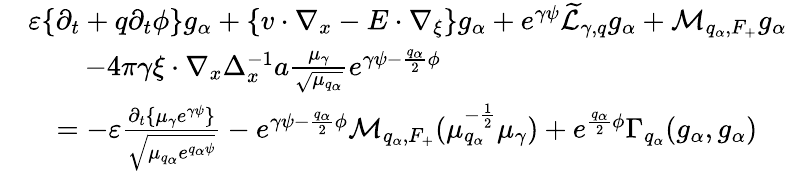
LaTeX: \begin{array}{rl}&{\varepsilon\{ \partial_{t}+q\partial_{t}\phi\} g_{\alpha}+\{ v\cdot\nabla_{x}-E\cdot\nabla_{\xi}\} g_{\alpha}+e^{\gamma\psi}\widetilde{\mathcal L}_{\gamma,q}g_{\alpha}+\mathcal M_{q_{\alpha},F_{+}}g_{\alpha}}\\ &{\quad\quad-4\pi\gamma\xi\cdot\nabla_{x}\Delta_{x}^{-1}a\frac{\mu_{\gamma}}{\sqrt{\mu_{q_{\alpha}}}}e^{\gamma\psi-\frac{q_{\alpha}}{2}\phi}}\\ &{\quad=-\varepsilon\frac{\partial_{t}\{ \mu_{\gamma}e^{\gamma\psi}\} }{\sqrt{\mu_{q_{\alpha}}e^{q_{\alpha}\psi}}}-e^{\gamma\psi-\frac{q_{\alpha}}{2}\phi}\mathcal M_{q_{\alpha},F_{+}}(\mu_{q_{\alpha}}^{-\frac{1}{2}}\mu_{\gamma})+e^{\frac{q_{\alpha}}{2}\phi}\Gamma_{q_{\alpha}}(g_{\alpha},g_{\alpha})}\end{array}